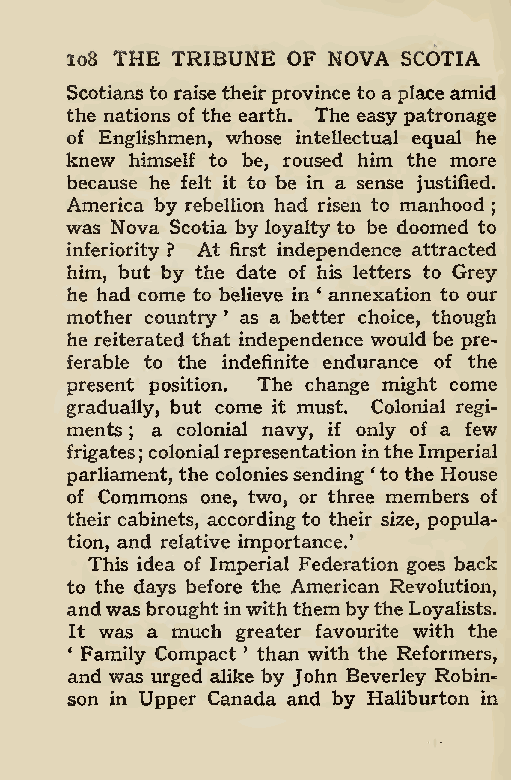
*
 lo8 THE TRIBUNE OF NOVA SCOTIA
 Scotiansto raisetheirprovince to aplace amid
 the nations of the earth. The easy patronage
 of Englishmen, whose intellectual equal he
 knew himself to be, roused him the more
 because he felt it to be in a sense justified.
 America by rebellion had risen to manhood
 ;
 was Nova Scotia by loyalty to be doomed to
 inferiority ? At first independence attracted
 him, but by the date of his letters to Grey
 he had come to believe in * annexation to our
 mother country ’ as a better choice, though
 he reiterated that independence would be pre-
 ferable to the indefinite endurance of the
 present position. The change might come
 gradually, but come it must. Colonial regi-
 ments a colonial navy, if only of a few
 ;
 frigates colonialrepresentationinthe Imperial
 ;
 parliament, the coloniessending ‘to the House
 of Commons one, two, or three members of
 their cabinets, accordingto their size, popula-
 tion, and relative importance.
 This idea of Imperial Federation goes back
 to the days before the American Revolution,
 andwasbrought inwiththembythe Loyalists.
 It was a much greater favourite with the
 4 Family Compact ’ than with the Reformers,
 and was urged alike by John Beverley Robin-
 son in Upper Canada and by Haliburton in